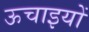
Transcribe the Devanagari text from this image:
ऊचाइयों